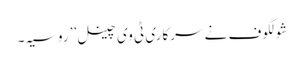
شولگوف نے سرکاری ٹی وی چینل ’’ روسیہ ۔